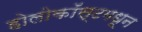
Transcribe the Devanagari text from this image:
होलोकॉस्टमधून